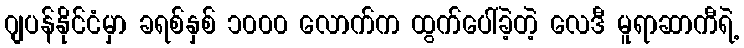
ဂျပန်နိုင်ငံမှာ ခရစ်နှစ် ၁၀၀၀ လောက်က ထွက်ပေါ်ခဲ့တဲ့ လေဒီ မူရာဆာကီရဲ့